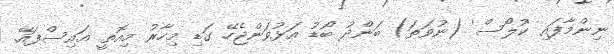
ނިންމާފައި 'ކުލޯސް' (ނުވަތަ) ބަންދު ބޯޑު އަޅުވަންޖެހޭ ގަޑި މިހާރު މިއޮތީ އައިސްފައޭ.